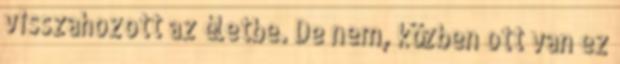
visszahozott az életbe. De nem, közben ott van ez